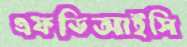
এফডিআইসি